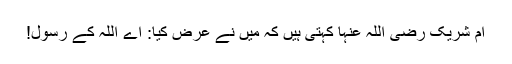
ام شریک رضی اللہ عنہا کہتی ہیں کہ میں نے عرض کیا: اے اللہ کے رسول!